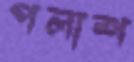
পলাশ